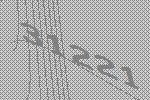
31221